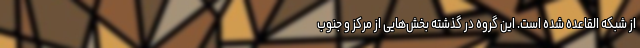
از شبکه القاعده شده‌ است. این گروه در گذشته بخش‌هایی از مرکز و جنوب